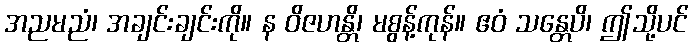
အညမညံ၊ အချင်းချင်းကို။ န ဝိဇဟန္တိ၊ မစွန့်ကုန်။ ဧဝံ သန္တေပိ၊ ဤသို့ပင်